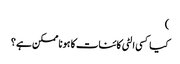
)
کیا کسی الٹی کائنات کا ہونا ممکن ہے ؟